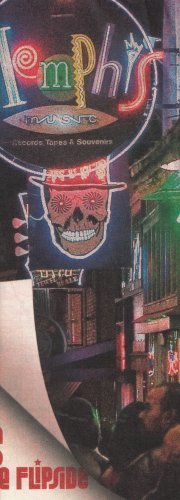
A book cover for Catch Memphis on the Flipside Tennessee Transportation Map 2008: Rockford, Parsons, Pulaski, Lebanon, Columbia, Jackson, Memphis, Nashville, Interstate and State Highways, Local Roads, Route Markers, Other Transportation, Parks, State Highway System (2008 Printing, TN, USA); Memphis Travel; Travel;